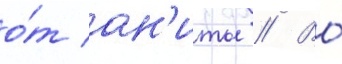
о́т ан'иты // Во́